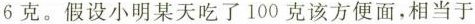
6克。假设小明某天吃了100克该方便面，相当于